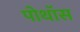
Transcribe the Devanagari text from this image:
पोथॉस